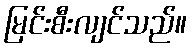
မြင်းစီးလျင်သည်။